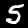
Digit: 5